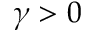
\gamma > 0